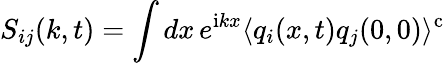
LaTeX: S_{ij}(k,t)=\int dx\, e^{\mathrm{i}kx}\langle q_{i}(x,t)q_{j}(0,0)\rangle^{\mathrm{c}}